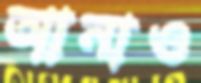
আনাও